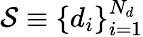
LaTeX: \mathcal{S}\equiv\{ d_{i}\} _{i=1}^{N_{d}}